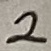
Text: 2